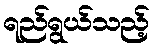
ရည်ရွယ်သည့်